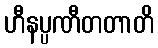
ဟီနပ္ပဏီတတာတိ